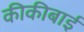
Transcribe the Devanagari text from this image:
कीकीबाई